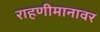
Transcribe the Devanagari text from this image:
राहणीमानावर